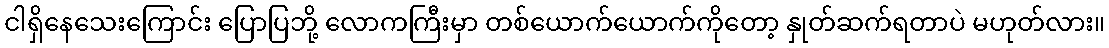
ငါရှိနေသေးကြောင်း ပြောပြဘို့ လောကကြီးမှာ တစ်ယောက်ယောက်ကိုတော့ နှုတ်ဆက်ရတာပဲ မဟုတ်လား။